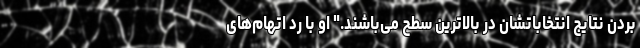
بردن نتایج انتخاباتشان در بالاترین سطح می‌باشند." او با رد اتهام‌های